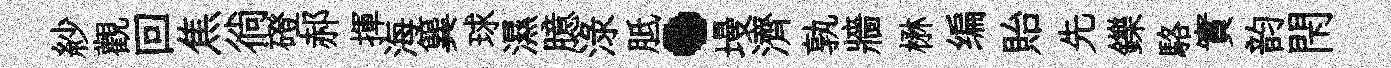
紗觀回焦徜磴郝揮海簨球濕臆渌胝·墁濟孰牆楙编貽先鑠駱實韵閇